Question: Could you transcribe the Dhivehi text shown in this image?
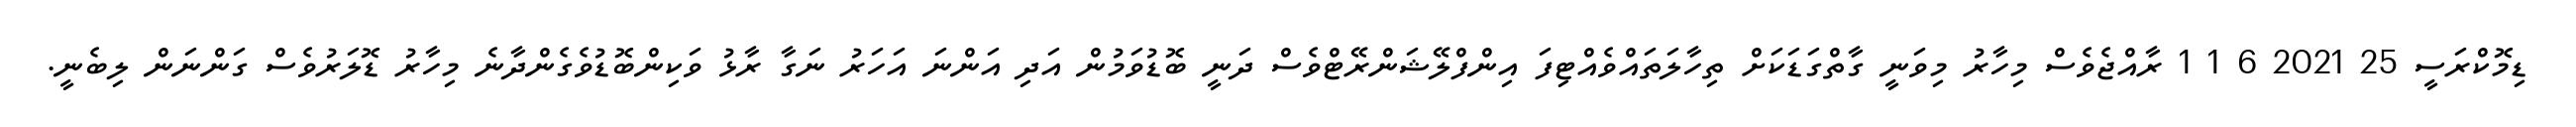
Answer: ޑިމޮކްރަސީ 25 2021 6 1 1 ރާއްޖެވެސް މިހާރު މިވަނީ ގާތްގަޑަކަށް ތިހާލަތައްވެއްޓިފަ އިންފްލޭޝަންރޭޓްވެސް ދަނީ ބޮޑުވަމުން އަދި އަންނަ އަހަރު ނަގާ ރާޅު ވަކިންބޮޑުވެގެންދާނެ މިހާރު ޑޮލަރުވެސް ގަންނަން ލިބެނީ.